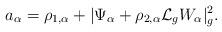
LaTeX: \begin{align*}a_\alpha=\rho_{1,\alpha}+\vert\Psi_\alpha+\rho_{2,\alpha}\mathcal{L}_gW_\alpha\vert^2_g.\end{align*}